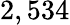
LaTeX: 2,534